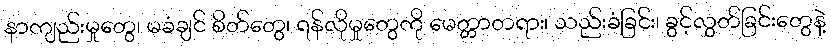
နာကျည်းမှုတွေ၊ မခံချင် စိတ်တွေ၊ ရန်လိုမှုတွေကို မေတ္တာတရား၊ သည်းခံခြင်း၊ ခွင့်လွှတ်ခြင်းတွေနဲ့